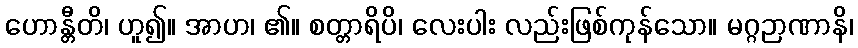
ဟောန္တီတိ၊ ဟူ၍။ အာဟ၊ ၏။ စတ္တာရိပိ၊ လေးပါး လည်းဖြစ်ကုန်သော။ မဂ္ဂဉာဏာနိ၊